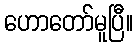
ဟောတော်မူပြီ။